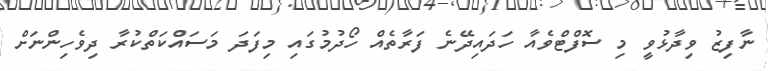
ނާފިޒު ވިދާޅުވީ މި ސޮފްޓްވެއާ ހަދައިދޭނެ ފަރާތެއް ހޯދުމުގައި މިފަދަ މަސައްކަތްކުރާ ދިވެހިންނަށް